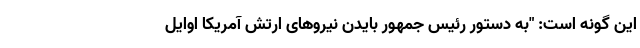
این گونه است: "به دستور رئیس جمهور بایدن نیروهای ارتش آمریکا اوایل